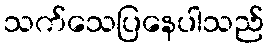
သက်သေပြနေပါသည်